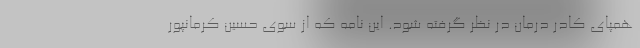
همپای کادر درمان در نظر گرفته شود. این نامه که از سوی حسین کرمانپور